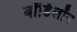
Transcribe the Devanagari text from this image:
बॉर्डिलॉन